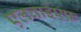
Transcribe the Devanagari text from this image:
एलवाईएफ़